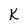
Character: K